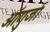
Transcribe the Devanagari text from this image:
ऑगुर्जा